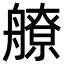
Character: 𦪕